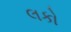
લકો